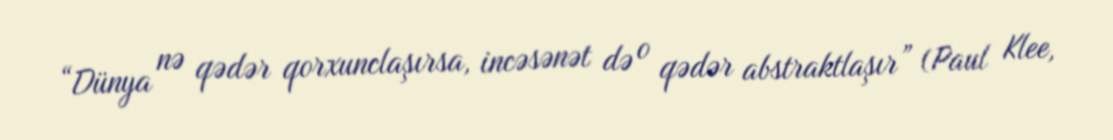
“Dünya nə qədər qorxunclaşırsa, incəsənət də o qədər abstraktlaşır” (Paul Klee,